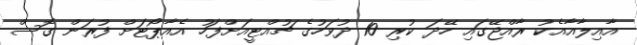
އާއިލާއާއެކު ރާއްޖޭގައި ހޭދަ ކުރި 10 ދުވަހުގެ ޗުއްޓީއަށްފަހު އެއާޕޯޓަށް ފުރަން ގޮސް